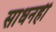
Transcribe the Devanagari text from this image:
साधनही